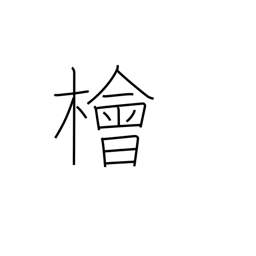
Meaning: Japanese cypress